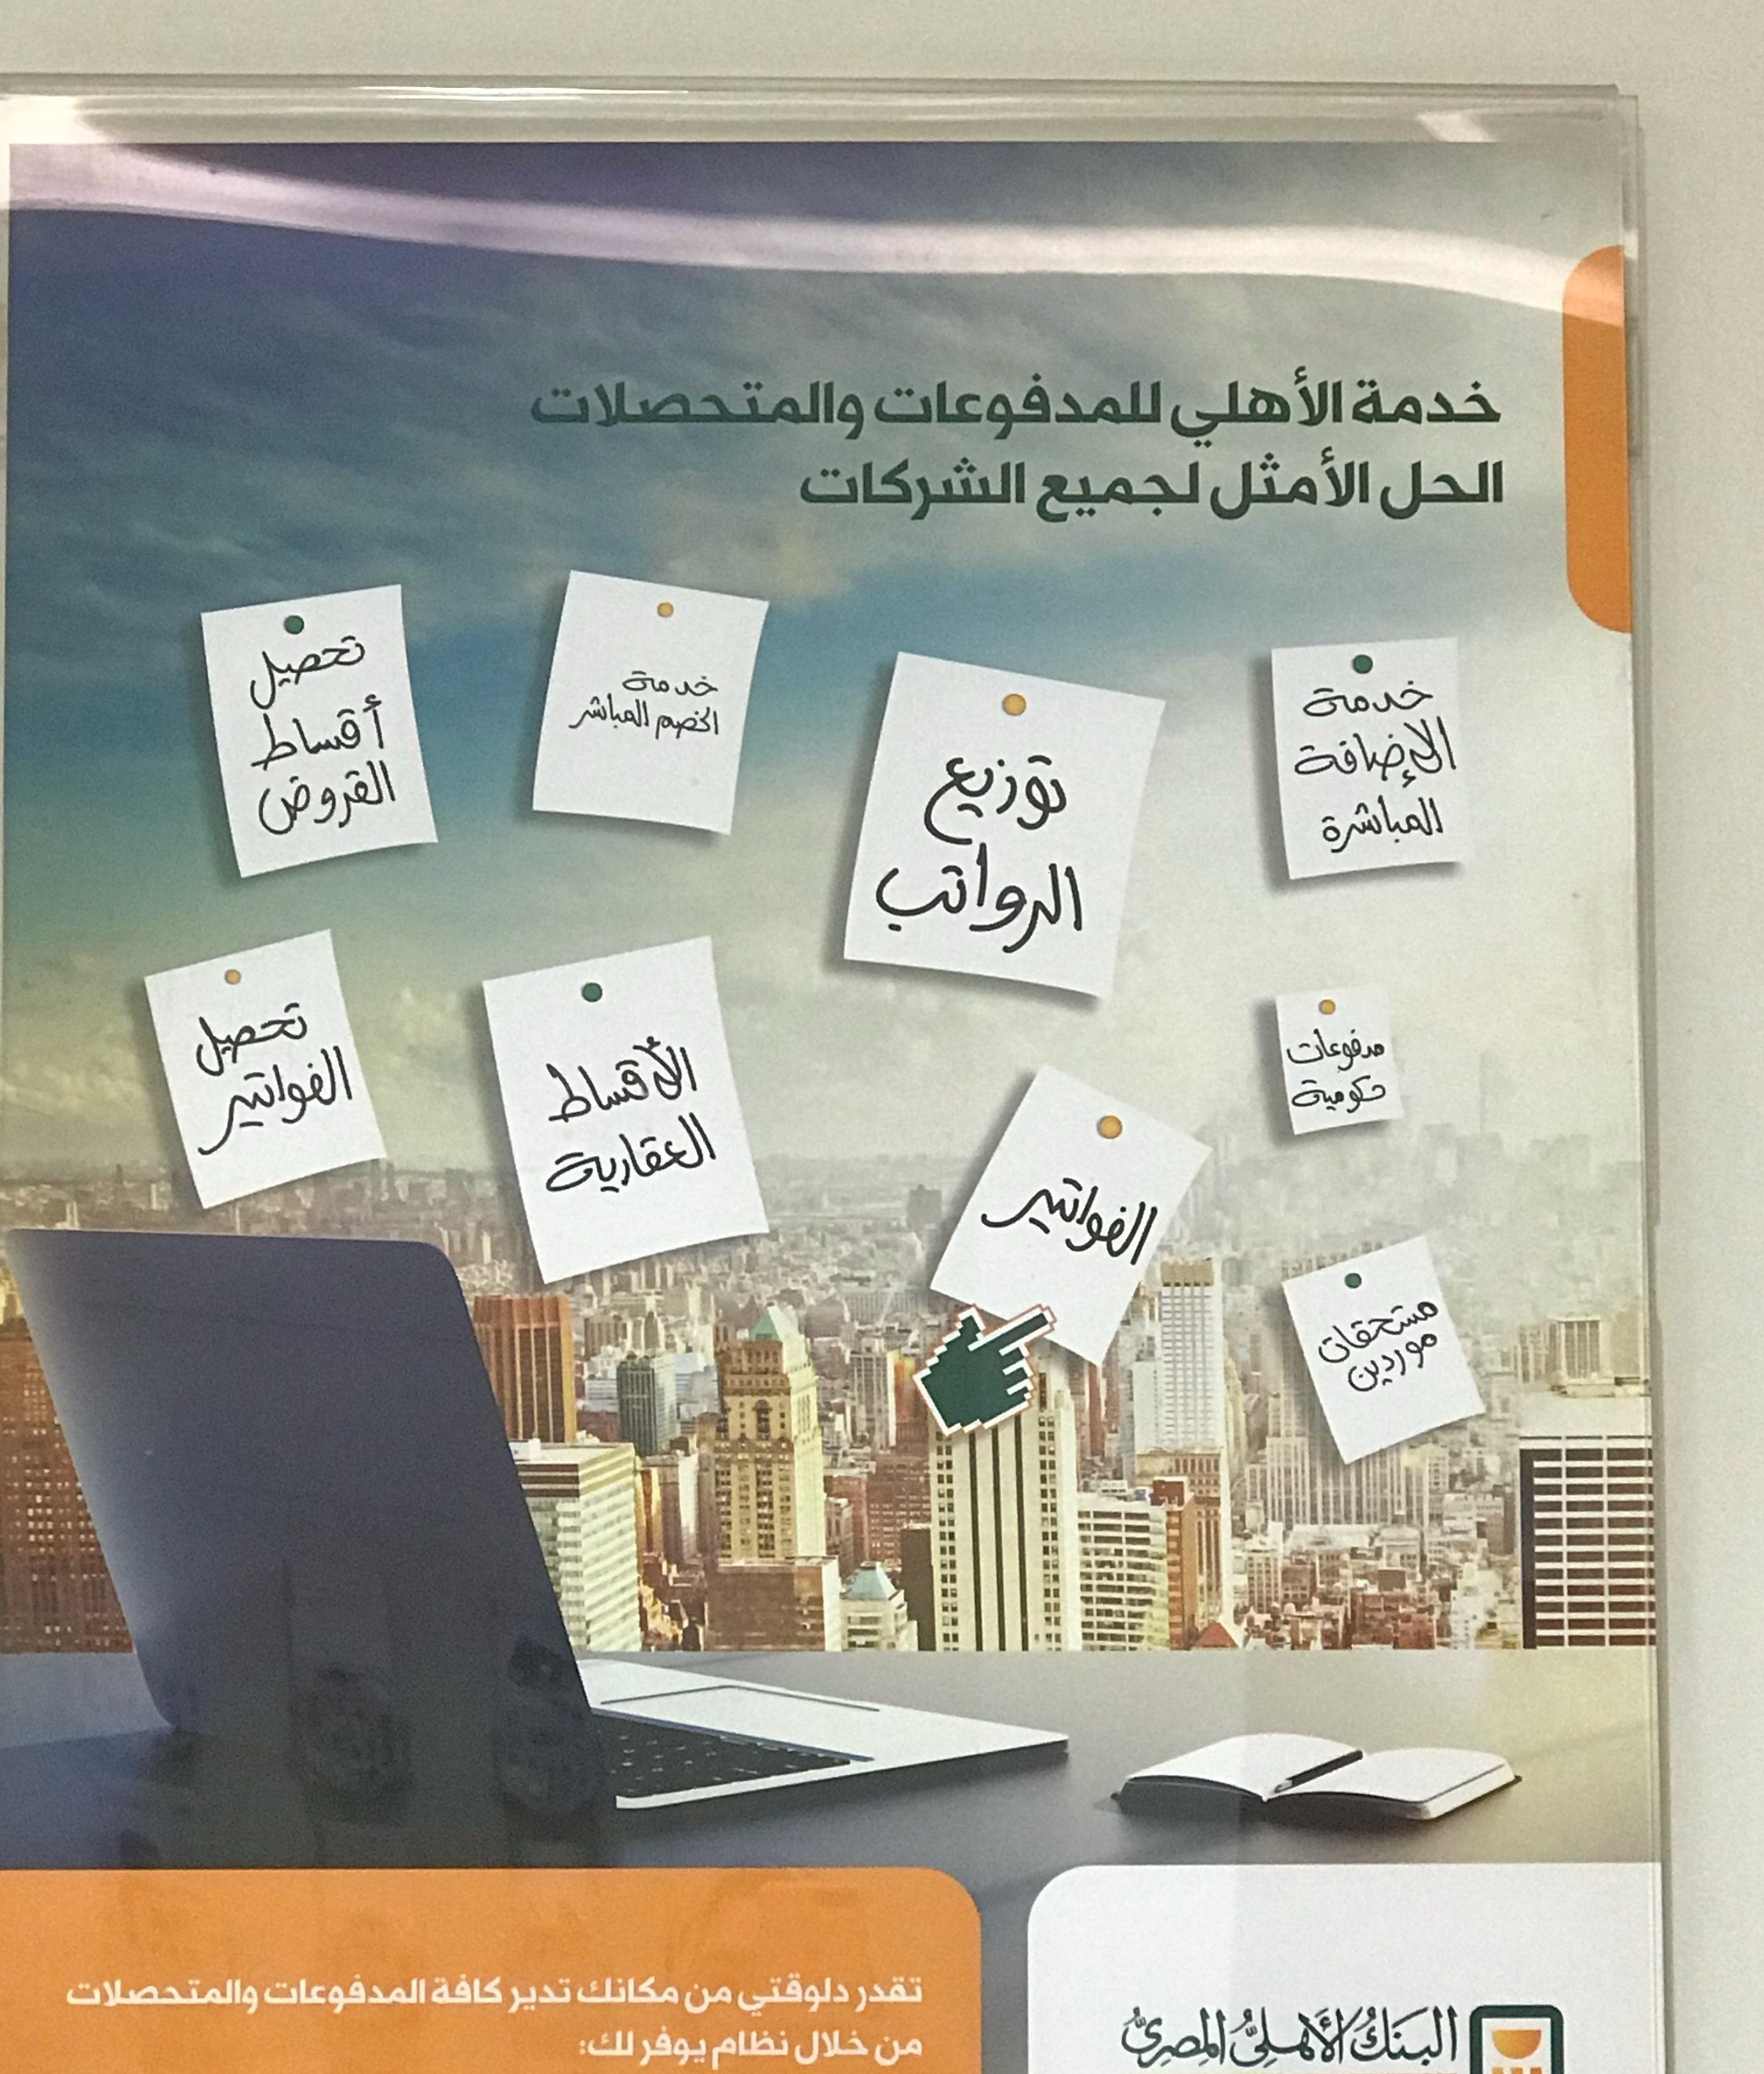
Text in image: خدمة الأهلى للمدفوعات والمتحصلات الأمثل الشركات الحل لجميع تحصيل خدمة خدمة المباشر الخصم أقساط الإضافة توزيع القروض المباشرة الرواتب تحصيل مدفوعات الأقساط حكومية الفواتير العقارية الفواتير مستحقات موردين كافة مكانك تقدر دلوقتى المدفوعات تدير والمتحصلات من البنك الأهلى المصرى لك خلال بوفر نظام من